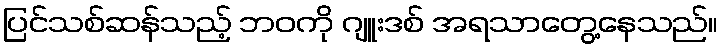
ပြင်သစ်ဆန်သည့် ဘဝကို ဂျူးဒစ် အရသာတွေ့နေသည်။